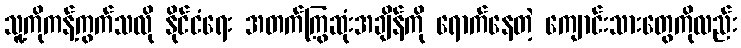
သူ့ကိုကန့်ကွက်သလို နိုင်ငံရေး အတက်ကြွဆုံးအချိန်ကို ရောက်နေတဲ့ ကျောင်းသားတွေကိုလည်း